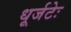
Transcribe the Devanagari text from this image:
धूर्जटेः